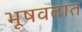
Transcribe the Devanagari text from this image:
भूषवतात